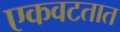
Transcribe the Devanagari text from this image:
एकवटतात